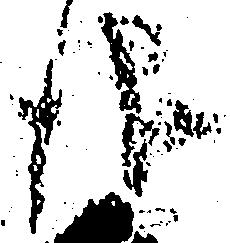
儀